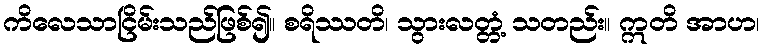
ကိလေသာငြိမ်းသည်ဖြစ်၍။ စရိဿတိ၊ သွားလတ္တံ့ သတည်း။ ဣတိ အာဟ၊